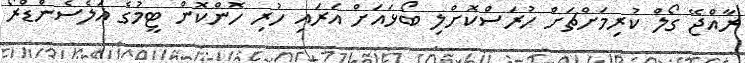
ރާއްޖޭ ގޯލް ކުރިމަށްޗަށް ހުރަސްކޮށްލި ބޯޅައަށް އަރައި ހުރި ހޮންކޮން ޓީމުގެ އަލެސެންޑްރޯ